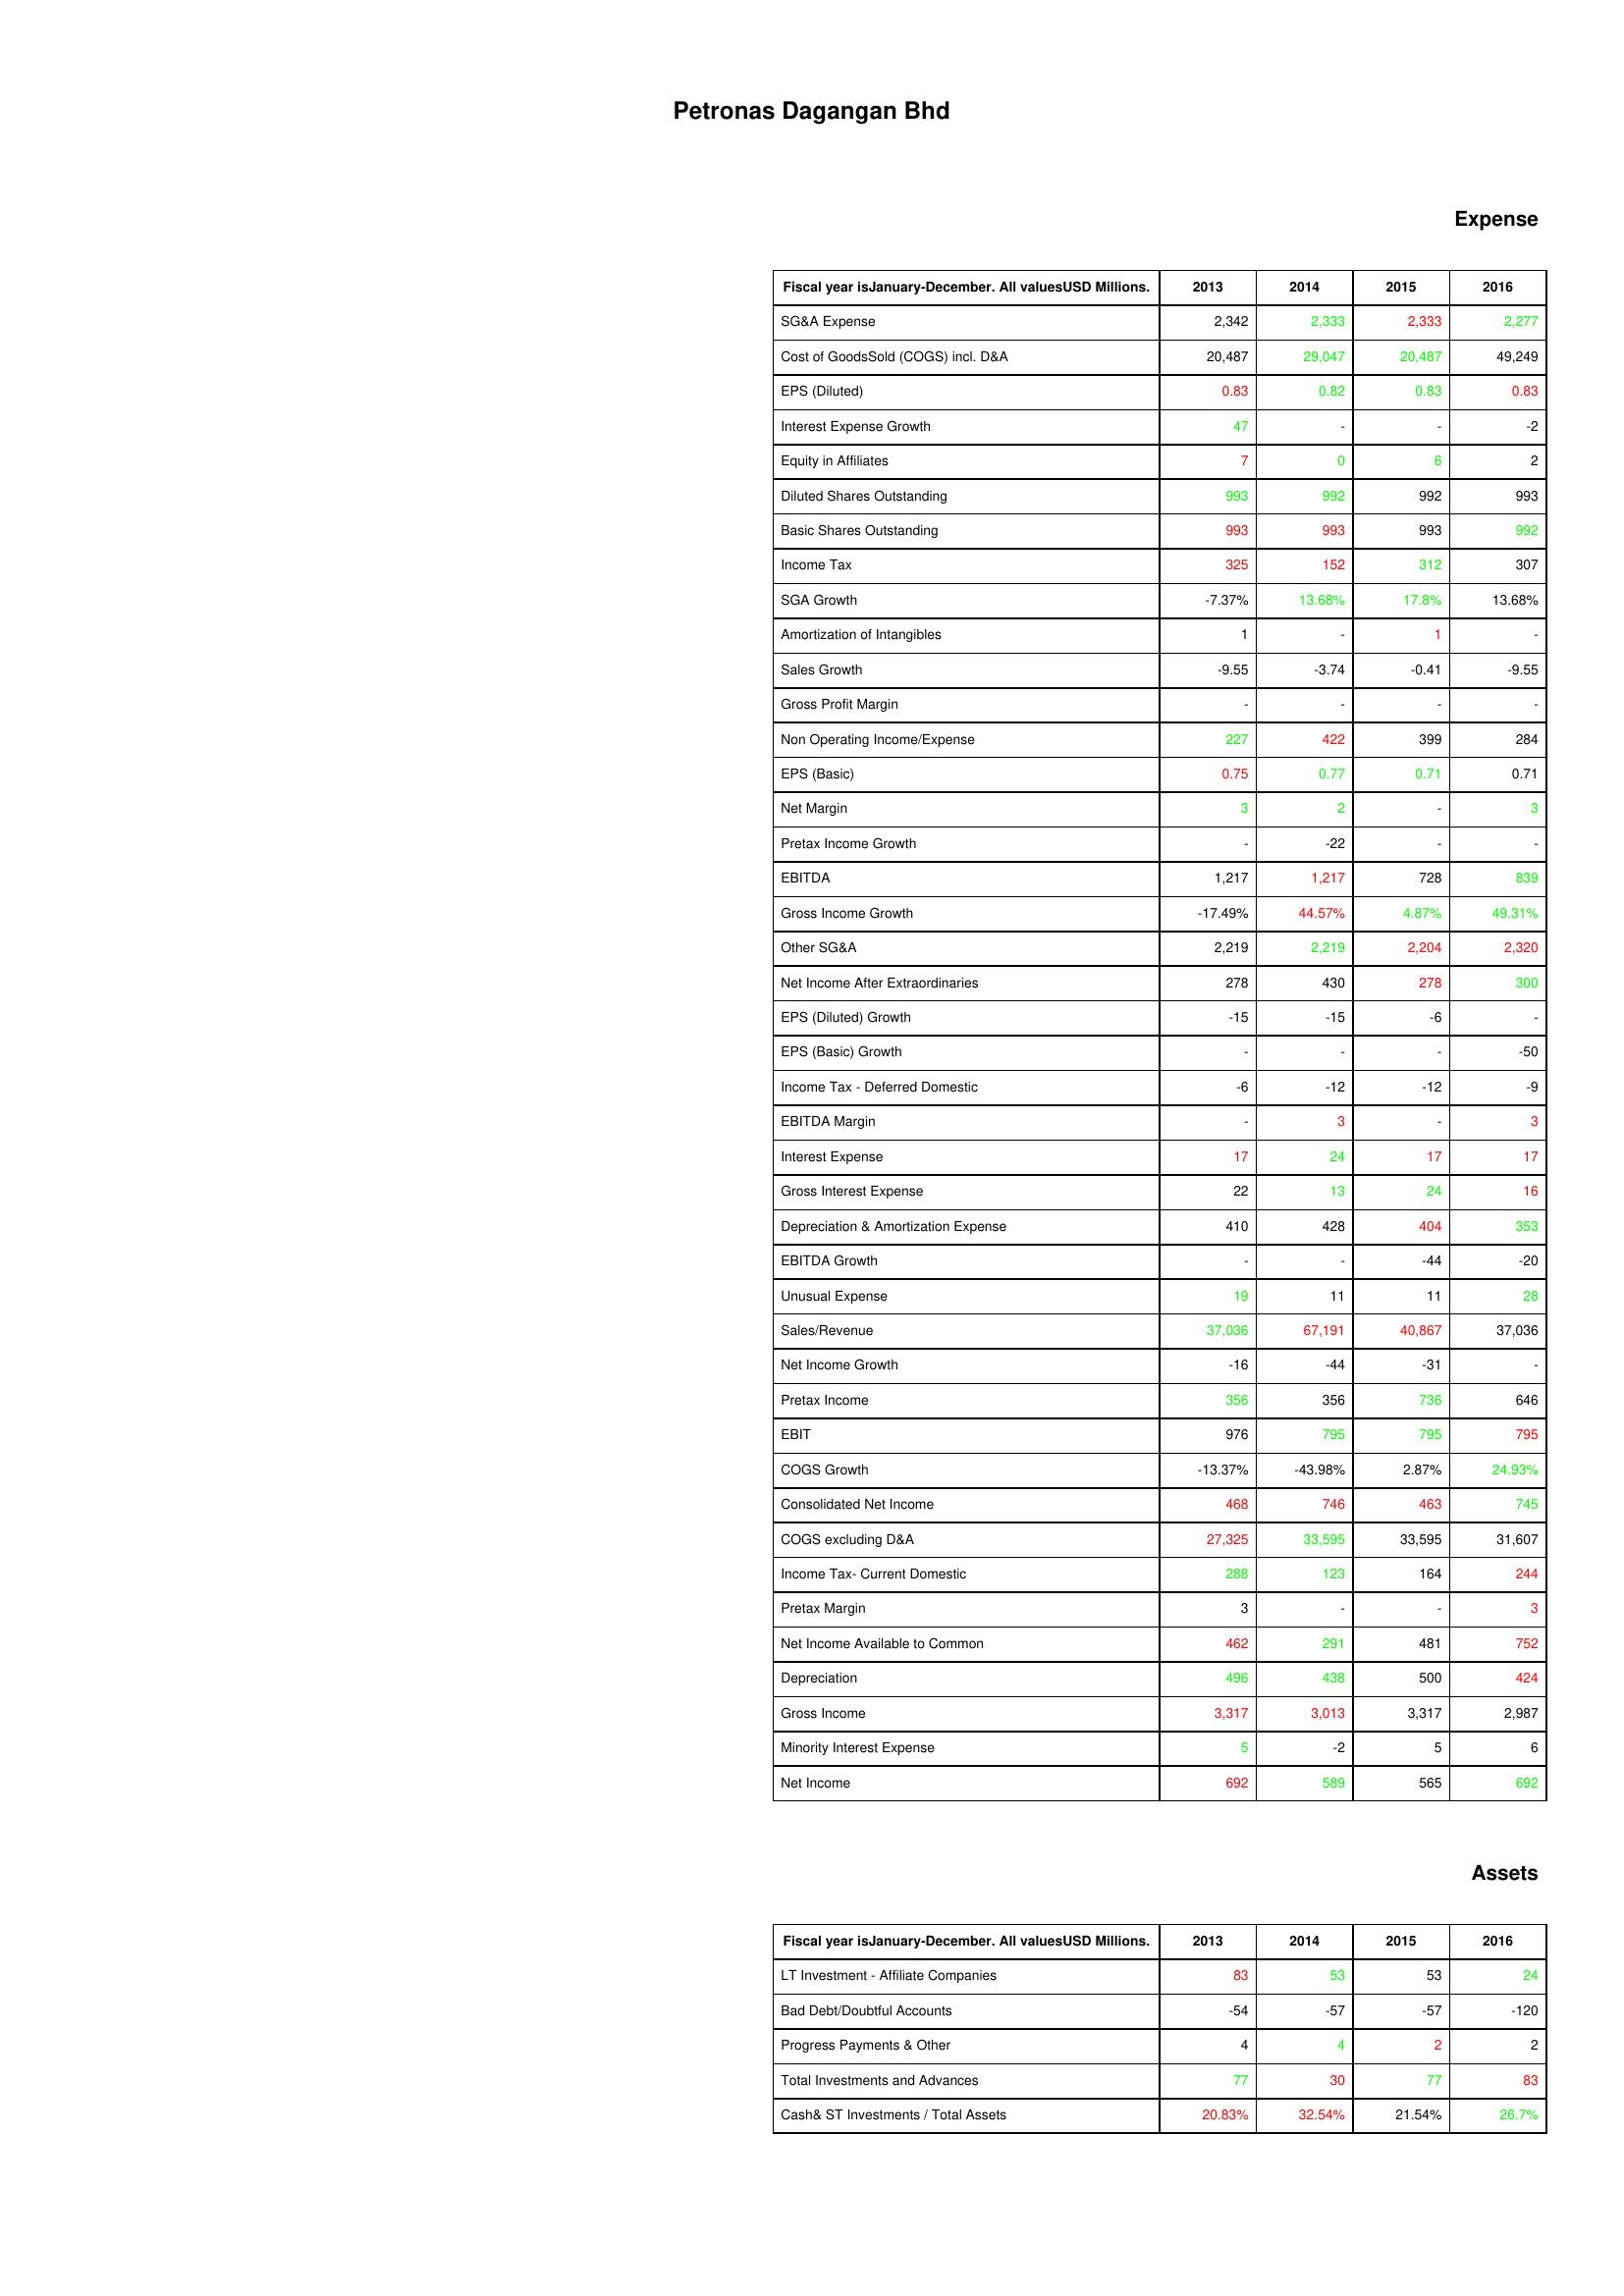
gt_parse: 2013: Expense: SG&A Expense: 2,342
Cost of GoodsSold (COGS) incl. D&A: 20,487
EPS (Diluted): 0.83
Interest Expense Growth: 47
Equity in Affiliates: 7
Diluted Shares Outstanding: 993
Basic Shares Outstanding: 993
Income Tax: 325
SGA Growth: -7.37%
Amortization of Intangibles: 1
Sales Growth: -9.55
Gross Profit Margin: -
Non Operating Income/Expense: 227
EPS (Basic): 0.75
Net Margin: 3
Pretax Income Growth: -
EBITDA: 1,217
Gross Income Growth: -17.49%
Other SG&A: 2,219
Net Income After Extraordinaries: 278
EPS (Diluted) Growth: -15
EPS (Basic) Growth: -
Income Tax - Deferred Domestic: -6
EBITDA Margin: -
Interest Expense: 17
Gross Interest Expense: 22
Depreciation & Amortization Expense: 410
EBITDA Growth: -
Unusual Expense: 19
Sales/Revenue: 37,036
Net Income Growth: -16
Pretax Income: 356
EBIT: 976
COGS Growth: -13.37%
Consolidated Net Income: 468
COGS excluding D&A: 27,325
Income Tax- Current Domestic: 288
Pretax Margin: 3
Net Income Available to Common: 462
Depreciation: 496
Gross Income: 3,317
Minority Interest Expense: 5
Net Income: 692
Assets: LT Investment - Affiliate Companies: 83
Bad Debt/Doubtful Accounts: -54
Progress Payments & Other: 4
Total Investments and Advances: 77
Cash& ST Investments / Total Assets: 20.83%
2014: Expense: SG&A Expense: 2,333
Cost of GoodsSold (COGS) incl. D&A: 29,047
EPS (Diluted): 0.82
Interest Expense Growth: -
Equity in Affiliates: 0
Diluted Shares Outstanding: 992
Basic Shares Outstanding: 993
Income Tax: 152
SGA Growth: 13.68%
Amortization of Intangibles: -
Sales Growth: -3.74
Gross Profit Margin: -
Non Operating Income/Expense: 422
EPS (Basic): 0.77
Net Margin: 2
Pretax Income Growth: -22
EBITDA: 1,217
Gross Income Growth: 44.57%
Other SG&A: 2,219
Net Income After Extraordinaries: 430
EPS (Diluted) Growth: -15
EPS (Basic) Growth: -
Income Tax - Deferred Domestic: -12
EBITDA Margin: 3
Interest Expense: 24
Gross Interest Expense: 13
Depreciation & Amortization Expense: 428
EBITDA Growth: -
Unusual Expense: 11
Sales/Revenue: 67,191
Net Income Growth: -44
Pretax Income: 356
EBIT: 795
COGS Growth: -43.98%
Consolidated Net Income: 746
COGS excluding D&A: 33,595
Income Tax- Current Domestic: 123
Pretax Margin: -
Net Income Available to Common: 291
Depreciation: 438
Gross Income: 3,013
Minority Interest Expense: -2
Net Income: 589
Assets: LT Investment - Affiliate Companies: 53
Bad Debt/Doubtful Accounts: -57
Progress Payments & Other: 4
Total Investments and Advances: 30
Cash& ST Investments / Total Assets: 32.54%
2015: Expense: SG&A Expense: 2,333
Cost of GoodsSold (COGS) incl. D&A: 20,487
EPS (Diluted): 0.83
Interest Expense Growth: -
Equity in Affiliates: 6
Diluted Shares Outstanding: 992
Basic Shares Outstanding: 993
Income Tax: 312
SGA Growth: 17.8%
Amortization of Intangibles: 1
Sales Growth: -0.41
Gross Profit Margin: -
Non Operating Income/Expense: 399
EPS (Basic): 0.71
Net Margin: -
Pretax Income Growth: -
EBITDA: 728
Gross Income Growth: 4.87%
Other SG&A: 2,204
Net Income After Extraordinaries: 278
EPS (Diluted) Growth: -6
EPS (Basic) Growth: -
Income Tax - Deferred Domestic: -12
EBITDA Margin: -
Interest Expense: 17
Gross Interest Expense: 24
Depreciation & Amortization Expense: 404
EBITDA Growth: -44
Unusual Expense: 11
Sales/Revenue: 40,867
Net Income Growth: -31
Pretax Income: 736
EBIT: 795
COGS Growth: 2.87%
Consolidated Net Income: 463
COGS excluding D&A: 33,595
Income Tax- Current Domestic: 164
Pretax Margin: -
Net Income Available to Common: 481
Depreciation: 500
Gross Income: 3,317
Minority Interest Expense: 5
Net Income: 565
Assets: LT Investment - Affiliate Companies: 53
Bad Debt/Doubtful Accounts: -57
Progress Payments & Other: 2
Total Investments and Advances: 77
Cash& ST Investments / Total Assets: 21.54%
2016: Expense: SG&A Expense: 2,277
Cost of GoodsSold (COGS) incl. D&A: 49,249
EPS (Diluted): 0.83
Interest Expense Growth: -2
Equity in Affiliates: 2
Diluted Shares Outstanding: 993
Basic Shares Outstanding: 992
Income Tax: 307
SGA Growth: 13.68%
Amortization of Intangibles: -
Sales Growth: -9.55
Gross Profit Margin: -
Non Operating Income/Expense: 284
EPS (Basic): 0.71
Net Margin: 3
Pretax Income Growth: -
EBITDA: 839
Gross Income Growth: 49.31%
Other SG&A: 2,320
Net Income After Extraordinaries: 300
EPS (Diluted) Growth: -
EPS (Basic) Growth: -50
Income Tax - Deferred Domestic: -9
EBITDA Margin: 3
Interest Expense: 17
Gross Interest Expense: 16
Depreciation & Amortization Expense: 353
EBITDA Growth: -20
Unusual Expense: 28
Sales/Revenue: 37,036
Net Income Growth: -
Pretax Income: 646
EBIT: 795
COGS Growth: 24.93%
Consolidated Net Income: 745
COGS excluding D&A: 31,607
Income Tax- Current Domestic: 244
Pretax Margin: 3
Net Income Available to Common: 752
Depreciation: 424
Gross Income: 2,987
Minority Interest Expense: 6
Net Income: 692
Assets: LT Investment - Affiliate Companies: 24
Bad Debt/Doubtful Accounts: -120
Progress Payments & Other: 2
Total Investments and Advances: 83
Cash& ST Investments / Total Assets: 26.7%